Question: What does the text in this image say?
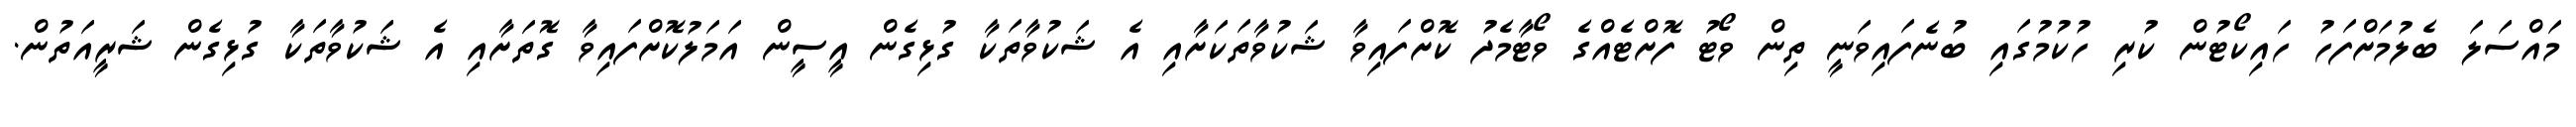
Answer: މައްސަލަ ބެލުމަށްފަހު ހައިކޯޓުން ކުރި ހުކުމުގައި ބުނެފައިވަނީ ތިން ވޯޓު ފޮށްޓެއްގެ ވޯޓާމެދު ކޮށްފައިވާ ޝަކުވާތަކަށާއި އެ ޝަކުވާތަކާ ގުޅިގެން އީސީން އަމަލުކޮށްފައިވާ ގޮތަށާއި އެ ޝަކުވާތަކާ ގުޅިގެން ޝަރީއަތުން.